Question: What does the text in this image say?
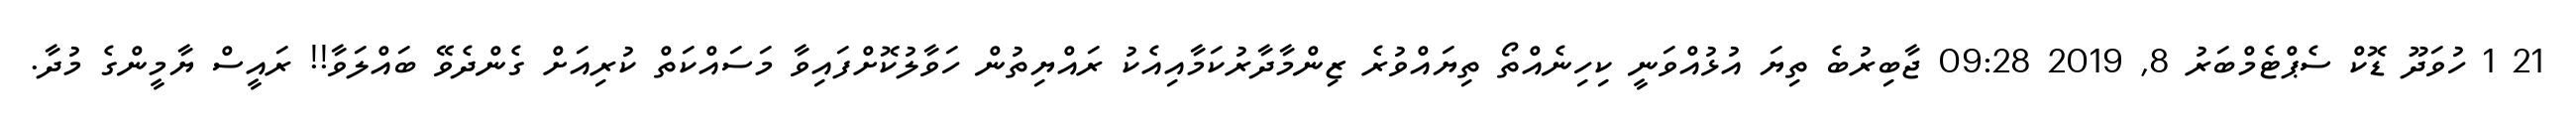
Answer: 21 1 ހުވަދޫ ޑޮކް ސެޕްޓެމްބަރު 8, 2019 09:28 ޖާބިރުބެ ތިޔަ އުޅުއްވަނީ ކިހިނެއްތޯ ތިޔައްވުރެ ޒިންމާދާރުކަމާއިއެކު ރައްޔިތުން ހަވާލުކޮށްފައިވާ މަސައްކަތް ކުރިއަށް ގެންދެވޭ ބައްލަވާ!! ރައީސް ޔާމީންގެ މުދާ.